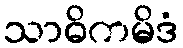
သာဓိကမိဒံ